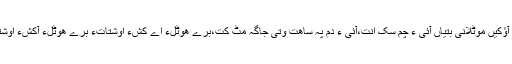
دَگءَ چہ آؤکیں موٹلانی بَتّیاں آئی ءِ چم سک اَنت،آئی ءَ دم پہ ساھت وتی جاگہ مَٹ کُت،برے ھوٹلءِ اے کَشءَ اوشتاتءُُ برے ھوٹلءِ آکَشّءَ اوشتاتگ اَت۔